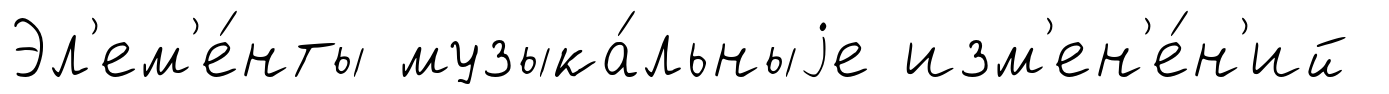
Эл'ем'е́нты музыка́льныjе изм'ен'е́н'ий